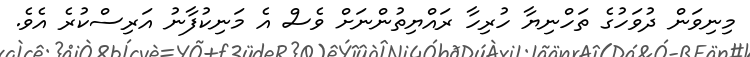
މިނިވަން ދުވަހުގެ ތަހްނިޔާ ހުރިހާ ރައްޔިތުންނަށް ވެސް އެ މަނިކުފާނު އަރިސްކުރެ އެވެ.